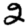
Digit: 2